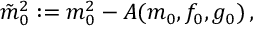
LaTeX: \tilde { m } _ { 0 } ^ { 2 } : = m _ { 0 } ^ { 2 } - A ( m _ { 0 } , f _ { 0 } , g _ { 0 } ) \, ,